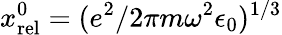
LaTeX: x_{\mathrm{rel}}^{0}=(e^{2}/2\pi m\omega^{2}\epsilon_{0})^{1/3}